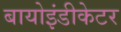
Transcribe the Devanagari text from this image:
बायोइंडीकेटर